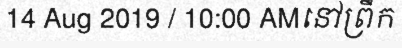
14 Aug 2019 / 10:00 AMនៅព្រឹក